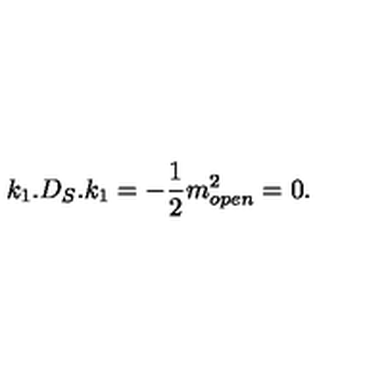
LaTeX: k _ { 1 } . D _ { S } . k _ { 1 } = - { \frac { 1 } { 2 } } m _ { o p e n } ^ { 2 } = 0 .